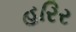
હરિર